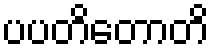
ပပတိတောတိ